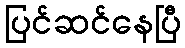
ပြင်ဆင်နေပြီ